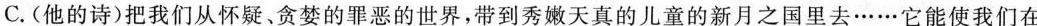
C.(他的诗)把我们从怀疑、贪婪的罪恶的世界，带到秀嫩天真的儿童的新月之国里去……它能使我们在